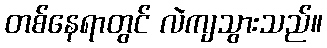
တစ်နေရာတွင် လဲကျသွားသည်။